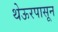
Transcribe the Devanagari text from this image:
थेऊरपासून